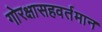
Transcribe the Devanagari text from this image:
गोरक्षासहवर्तमान